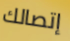
إتصالك